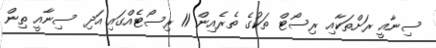
ސިނާއީ ރަށްތަކާއި ރިސޯޓް ތަކުގެ ތެރެއިން 11 ރިސޯޓެއްގައި އަދި ސިނާއީ ތިން